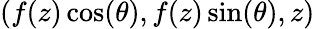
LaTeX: (f(z)\cos(\theta),f(z)\sin(\theta),z)